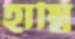
হাম্বি